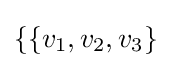
\{\{v_{1},v_{2},v_{3}\}